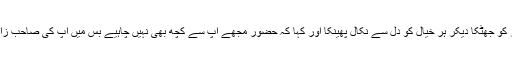
سامری جادو گر نے اپنے سر کو جھٹکا دیکر ہر خیال کو دل سے نکال پھینکا اور کہا کہ حضور مجھے آپ سے کچھ بھی نہیں چاہیے بس میں آپ کی صاحب زادی سے شادی کرنا چاہتا ہوں۔